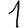
Digit: 1